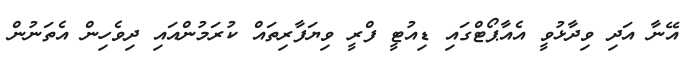
އޭނާ އަދި ވިދާޅުވީ އެއާޕޯޓްގައި ޑިއުޓީ ފްރީ ވިޔަފާރިތައް ކުރަމުންއައި ދިވެހިން އެތަނުން